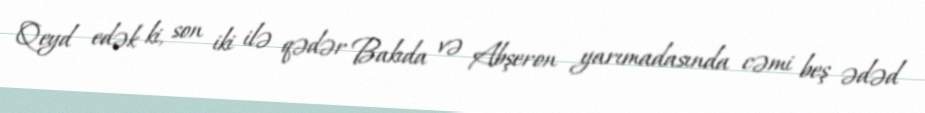
Qeyd edək ki, son iki ilə qədər Bakıda və Abşeron yarımadasında cəmi beş ədəd